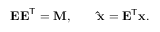
\mathbf { E E } ^ { \mathsf { T } } = \mathbf { M } , \qquad \mathbf { \hat { x } } = \mathbf { E } ^ { \mathsf { T } } \mathbf { x } .